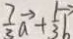
\frac { 7 } { 3 } \overrightarrow { a } + \frac { 1 } { 3 } \overrightarrow { b }